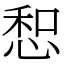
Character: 惒